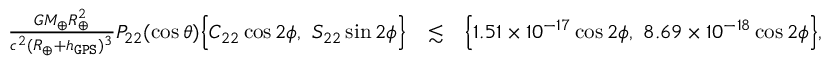
\begin{array} { r l r } { \frac { G M _ { \oplus } R _ { \oplus } ^ { 2 } } { c ^ { 2 } ( R _ { \oplus } + h _ { \tt G P S } ) ^ { 3 } } P _ { 2 2 } ( \cos \theta ) \Big \{ C _ { 2 2 } \cos 2 \phi , ~ S _ { 2 2 } \sin 2 \phi \Big \} } & { \lesssim } & { \Big \{ 1 . 5 1 \times 1 0 ^ { - 1 7 } \cos 2 \phi , ~ 8 . 6 9 \times 1 0 ^ { - 1 8 } \cos 2 \phi \Big \} , } \end{array}